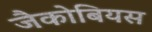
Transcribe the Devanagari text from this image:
जैकोबियस